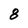
Character: 8